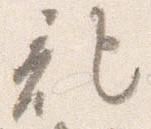
記